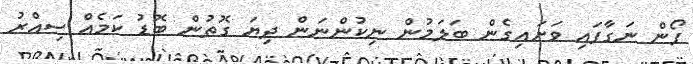
ފޯން ނަގާފައި ވަށައިގެން ބަލަމުން ނިކުންނަން ދިޔަ ގޮތުން ބޮޑު ކަމެއް ސިއްރު